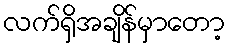
လက်ရှိအချိန်မှာတော့